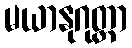
မယာနုဂုတ္တာ